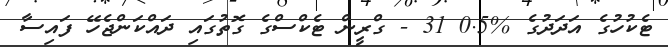
ޓެކުހުގެ އަދަދުގެ %0.5 31 - ގްރީން ޓެކްސްގެ ގޮތުގައި ދައްކަންޖެހޭ ފައިސާ